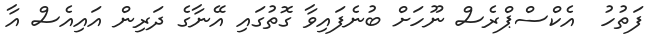
ފަތުހު  އެކްސްޕްރެސް ނޫހަށް ބުނެފައިވާ ގޮތުގައި އޭނާގެ ދަރިން އައިއެސް އާ